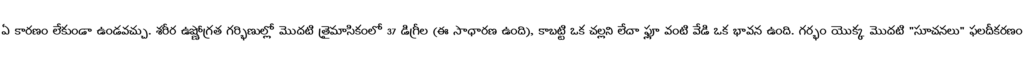
ఏ కారణం లేకుండా ఉండవచ్చు. శరీర ఉష్ణోగ్రత గర్భిణుల్లో మొదటి త్రైమాసికంలో 37 డిగ్రీల (ఈ సాధారణ ఉంది), కాబట్టి ఒక చల్లని లేదా ఫ్లూ వంటి వేడి ఒక భావన ఉంది. గర్భం యొక్క మొదటి "సూచనలు" ఫలదీకరణం